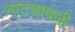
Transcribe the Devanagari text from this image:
नाट्यावली